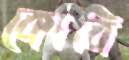
কোবি